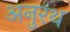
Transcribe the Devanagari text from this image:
अनुरथ